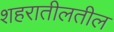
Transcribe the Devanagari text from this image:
शहरातीलतील